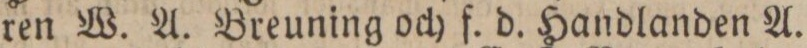
ren W. A. Breuning och f. d. Handlanden A.